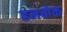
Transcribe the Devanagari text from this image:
हनबोक